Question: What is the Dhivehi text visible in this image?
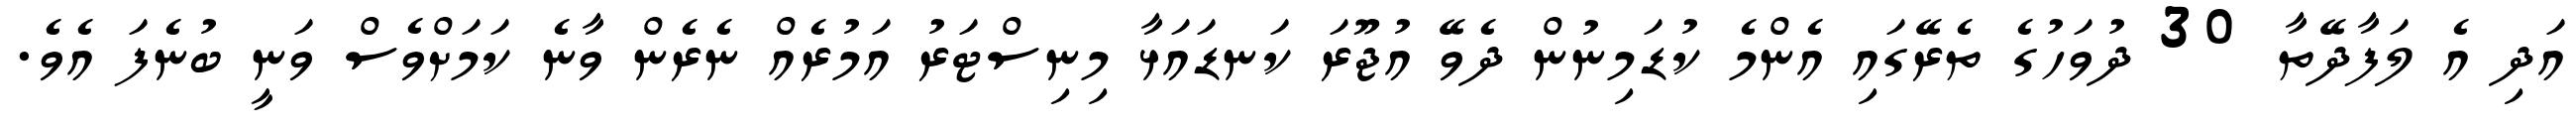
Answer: އަދި އެ ލަފާދޭތާ 30 ދުވަހުގެ ތެރޭގައި އެންމެ ކުޑަމިނުން ދެވޭ އުޖޫރަ ކަނޑައަޅާ މިނިސްޓަރު އަމުރެއް ނެރެން ވާނެ ކަމަށްވެސް ވަނީ ބުނެފަ އެވެ.